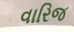
વારિજ